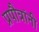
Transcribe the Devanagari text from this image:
प्रपौत्रांनी